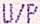
U/P